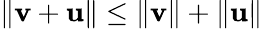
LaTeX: \| \mathbf{v}+\mathbf{u}\| \leq\| \mathbf{v}\| +\| \mathbf{u}\|